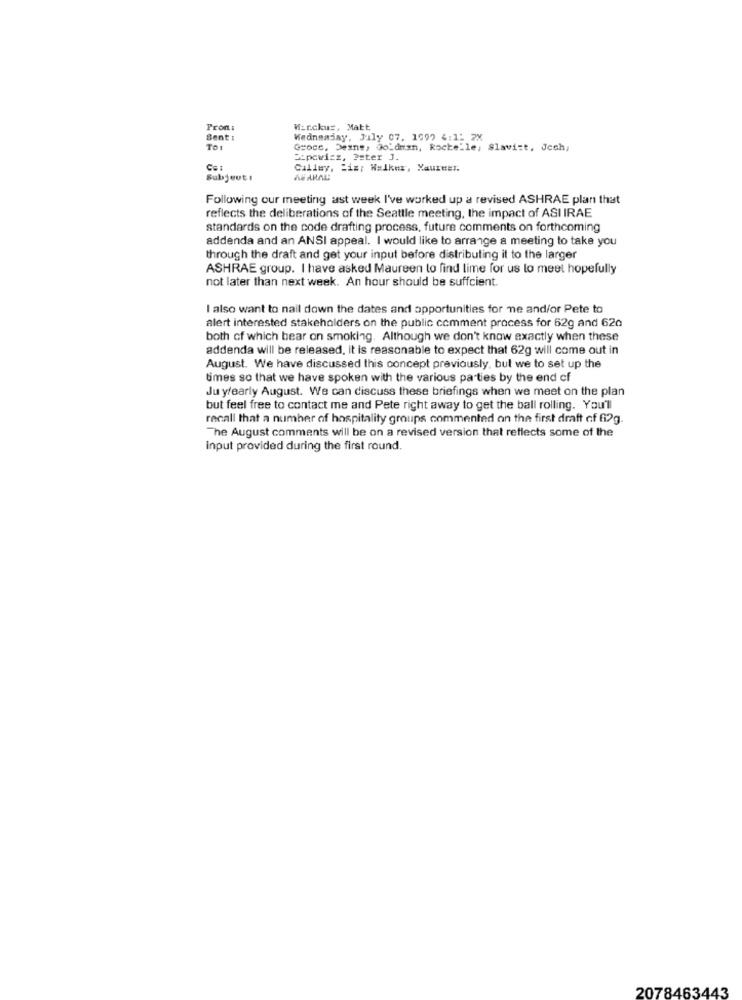
Pron:
Wirckuz, Matt
Sent :
Wednesday, July 07, 1997 4:1: 2X
To:
Groce, Desne, Goldman, Rochelle, Slavist. Jech,
Sipowicz, ? ster J.
Calley, Fiz; Walker, XaureEt.
Subjeut !
WEARAL!
Following our meeting ast week I've worked up a revised ASHRAE plan that
reflects the deliberations of the Seattle meeting, the impact of ASI IRAE
standards on the code drafting process, future comments on forthcoming
addenda and an ANSI appeal. I would like to arrange a meeting to take you
through the draft and get your input before distributing it to the larger
ASHRAE group. I have asked Maureen to find lime for us to meet hopefully
not later than next week. An hour should be suffcient
I also want to nail down the dates and opportunities for me and/or Pete to
alert interested stakeholders on the public comment process for 62g and 620
both of which bear on smoking. Although we don't know exactly when these
addenda will be released, it is reasonable to expect that 62g will come out in
August. We have discussed this concept previously, but we to set up the
times so that we have spoken with the various parties by the end of
Ju y/early August. We can discuss these briefings when we meet on the plan
but feel free to contact me and Pete right away to get the ball rolling. You'll
recall that a number of hospitality groups commented on the first draft of 62g.
The August comments will be on a revised version that reflects some of the
input provided during the first round.
2078463443